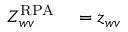
\begin{array} { r l } { Z _ { w v } ^ { \mathrm { R P A } } } & { { } = z _ { w v } } \end{array}